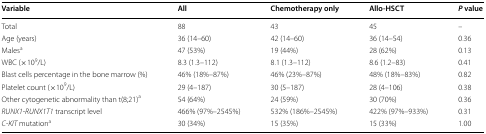
<table><thead><tr><td><b>Variable</b></td><td><b>All</b></td><td><b>Chemotherapy only</b></td><td><b>Allo-HSCT</b></td><td><b><i>P</i> value</b></td></tr></thead><tbody><tr><td>Total</td><td>88</td><td>43</td><td>45</td><td>–</td></tr><tr><td>Age (years)</td><td>36 (14–60)</td><td>42 (14–60)</td><td>36 (14–54)</td><td>0.36</td></tr><tr><td>Males<sup>a</sup></td><td>47 (53%)</td><td>19 (44%)</td><td>28 (62%)</td><td>0.13</td></tr><tr><td>WBC (×10<sup>9</sup>/L)</td><td>8.3 (1.3–112)</td><td>8.1 (1.3–112)</td><td>8.6 (1.2–83)</td><td>0.41</td></tr><tr><td>Blast cells percentage in the bone marrow (%)</td><td>46% (18%–87%)</td><td>46% (23%–87%)</td><td>48% (18%–83%)</td><td>0.82</td></tr><tr><td>Platelet count (×10<sup>9</sup>/L)</td><td>29 (4–187)</td><td>30 (5–187)</td><td>28 (4–106)</td><td>0.38</td></tr><tr><td>Other cytogenetic abnormality than t(8;21)<sup>a</sup></td><td>54 (64%)</td><td>24 (59%)</td><td>30 (70%)</td><td>0.36</td></tr><tr><td><i>RUNX1</i>-<i>RUNX1T1</i> transcript level</td><td>466% (97%–2545%)</td><td>532% (186%–2545%)</td><td>422% (97%–933%)</td><td>0.31</td></tr><tr><td><i>C</i>-<i>KIT</i> mutation<sup>a</sup></td><td>30 (34%)</td><td>15 (35%)</td><td>15 (33%)</td><td>1.00</td></tr></tbody></table>